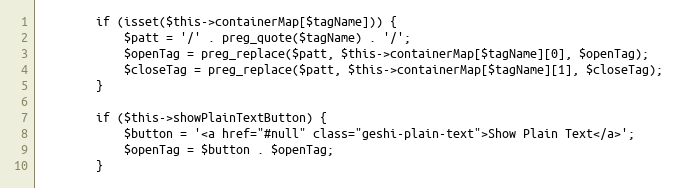
Language: PHP
        if (isset($this->containerMap[$tagName])) {
            $patt = '/' . preg_quote($tagName) . '/';
            $openTag = preg_replace($patt, $this->containerMap[$tagName][0], $openTag);
            $closeTag = preg_replace($patt, $this->containerMap[$tagName][1], $closeTag);
        }

        if ($this->showPlainTextButton) {
            $button = '<a href="#null" class="geshi-plain-text">Show Plain Text</a>';
            $openTag = $button . $openTag;
        }